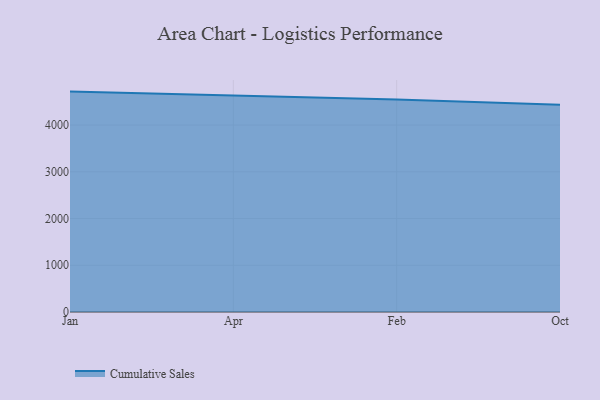
{"axis": {"x": "Month", "y": "Gross Profit (USD K)"}, "legend": ["Cumulative Sales"], "data": [{"x": "Jan", "y": 4715.7, "type": "Cumulative Sales"}, {"x": "Apr", "y": 4626.7, "type": "Cumulative Sales"}, {"x": "Feb", "y": 4548.0, "type": "Cumulative Sales"}, {"x": "Oct", "y": 4435.5, "type": "Cumulative Sales"}]}